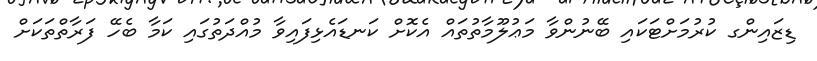
ޑިޒައިންގ ކުރުމަށްޓަކައި ބޭނުންވާ މަޢުލޫމާތުތައް އެކޮށް ކަނޑައެޅިފައިވާ މުއްދަތުގައި ކަމާ ބެހޭ ފަރާތްތަކަށް